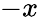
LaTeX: -x